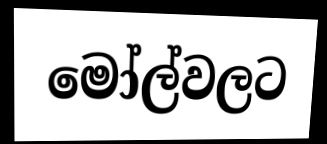
මෝල්වලට